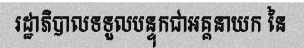
រដ្ឋាភិបាលទទួលបន្ទុកជាអគ្គនាយក នៃ